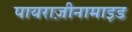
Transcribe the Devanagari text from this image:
पायराज़ीनामाइड